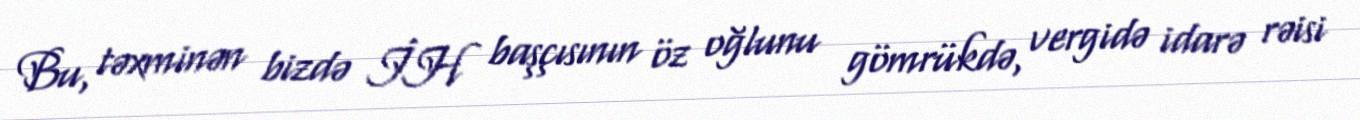
Bu, təxminən bizdə İH başçısının öz oğlunu gömrükdə, vergidə idarə rəisi